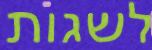
לשגות